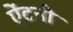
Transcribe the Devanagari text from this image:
ऐंटनी